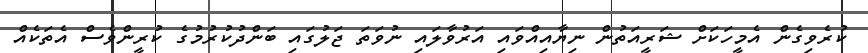
ކުރެވިގެން އެމީހަކަށް ޝަރީއަތުން ނިޔާއިއްވައި އަރުވާލައި ނުވަތަ ޖަލުގައި ބަންދުކުރުމުގެ ކުރީންވެސް އެތަކެއް